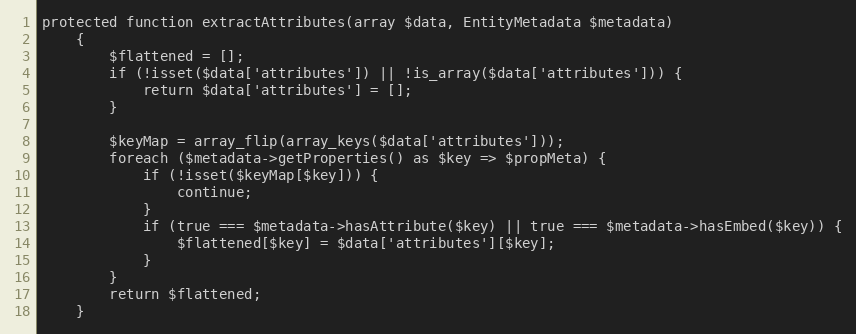
Language: PHP
protected function extractAttributes(array $data, EntityMetadata $metadata)
    {
        $flattened = [];
        if (!isset($data['attributes']) || !is_array($data['attributes'])) {
            return $data['attributes'] = [];
        }

        $keyMap = array_flip(array_keys($data['attributes']));
        foreach ($metadata->getProperties() as $key => $propMeta) {
            if (!isset($keyMap[$key])) {
                continue;
            }
            if (true === $metadata->hasAttribute($key) || true === $metadata->hasEmbed($key)) {
                $flattened[$key] = $data['attributes'][$key];
            }
        }
        return $flattened;
    }